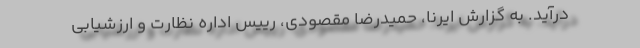
درآید. به گزارش ایرنا، حمیدرضا مقصودی، رییس اداره نظارت و ارزشیابی